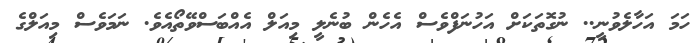
ހަމަ އަހާލެވުނީ.. ނުގޮތަކަށް އަހުނަފްވެސް އެހެން ބުނެލީ މިއަލް އެއްބަސްވޭތޯއެވެ. ނަމަވެސް މިއަލްގެ